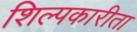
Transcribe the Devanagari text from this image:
शिल्पकारीता